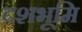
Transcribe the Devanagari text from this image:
दशभूमि